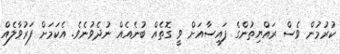
ކުރުމުން ވެސް ރައްޔިތުންގެ ފައިސާއަށް ވީ ގޮތެއް ބުނެއެއް ނުދެވުނެވެ. އެކަމަށް ފަރުވާލެއް